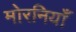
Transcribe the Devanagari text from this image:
मोरनियाँ